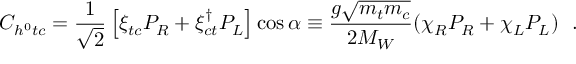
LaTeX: C _ { h ^ { 0 } t c } = \frac { 1 } { \sqrt { 2 } } \left[ \xi _ { t c } P _ { R } + \xi _ { c t } ^ { \dagger } P _ { L } \right] \cos \alpha \equiv \frac { g \sqrt { m _ { t } m _ { c } } } { 2 M _ { W } } ( \chi _ { R } P _ { R } + \chi _ { L } P _ { L } ) \, \, \, \, .